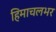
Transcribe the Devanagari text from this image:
हिमाचलभर